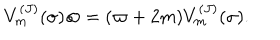
V _ { m } ^ { ( J ) } ( \sigma ) \varpi = ( \varpi + 2 m ) V _ { m } ^ { ( J ) } ( \sigma ) .